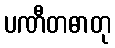
ပဏီတဓာတု